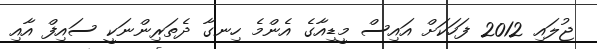
ޖުލައި 2012 ފަހަކަށް އައިސް މީޑިއާގެ އެންމެ ހިނގާ ދެތަރިންނަކީ ސައިފް އާއި